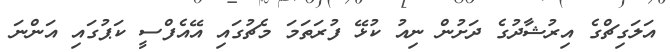
އަލަގިޗްގެ އިރުޝާދުގެ ދަށުން ނިއު ކުޅޭ ފުރަތަމަ މެޗުގައި އޭއެފްސީ ކަޕުގައި އަންނަ